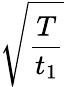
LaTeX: \sqrt{\frac{T}{t_{1}}}